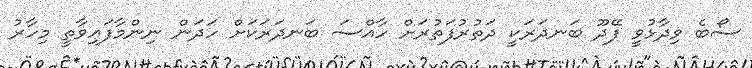
ސޯބެ ވިދާޅުވީ ފޭދޫ ބަނދަރަކީ ދަތުރުފަތުރަށް ހާއްސަ ބަނދަރަކަށް ހަދަން ނިންމާފައިވާތީ މިހާރު